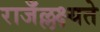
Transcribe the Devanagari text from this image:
राजँल्लक्ष्यते